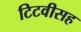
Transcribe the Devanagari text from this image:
टिटवीसह